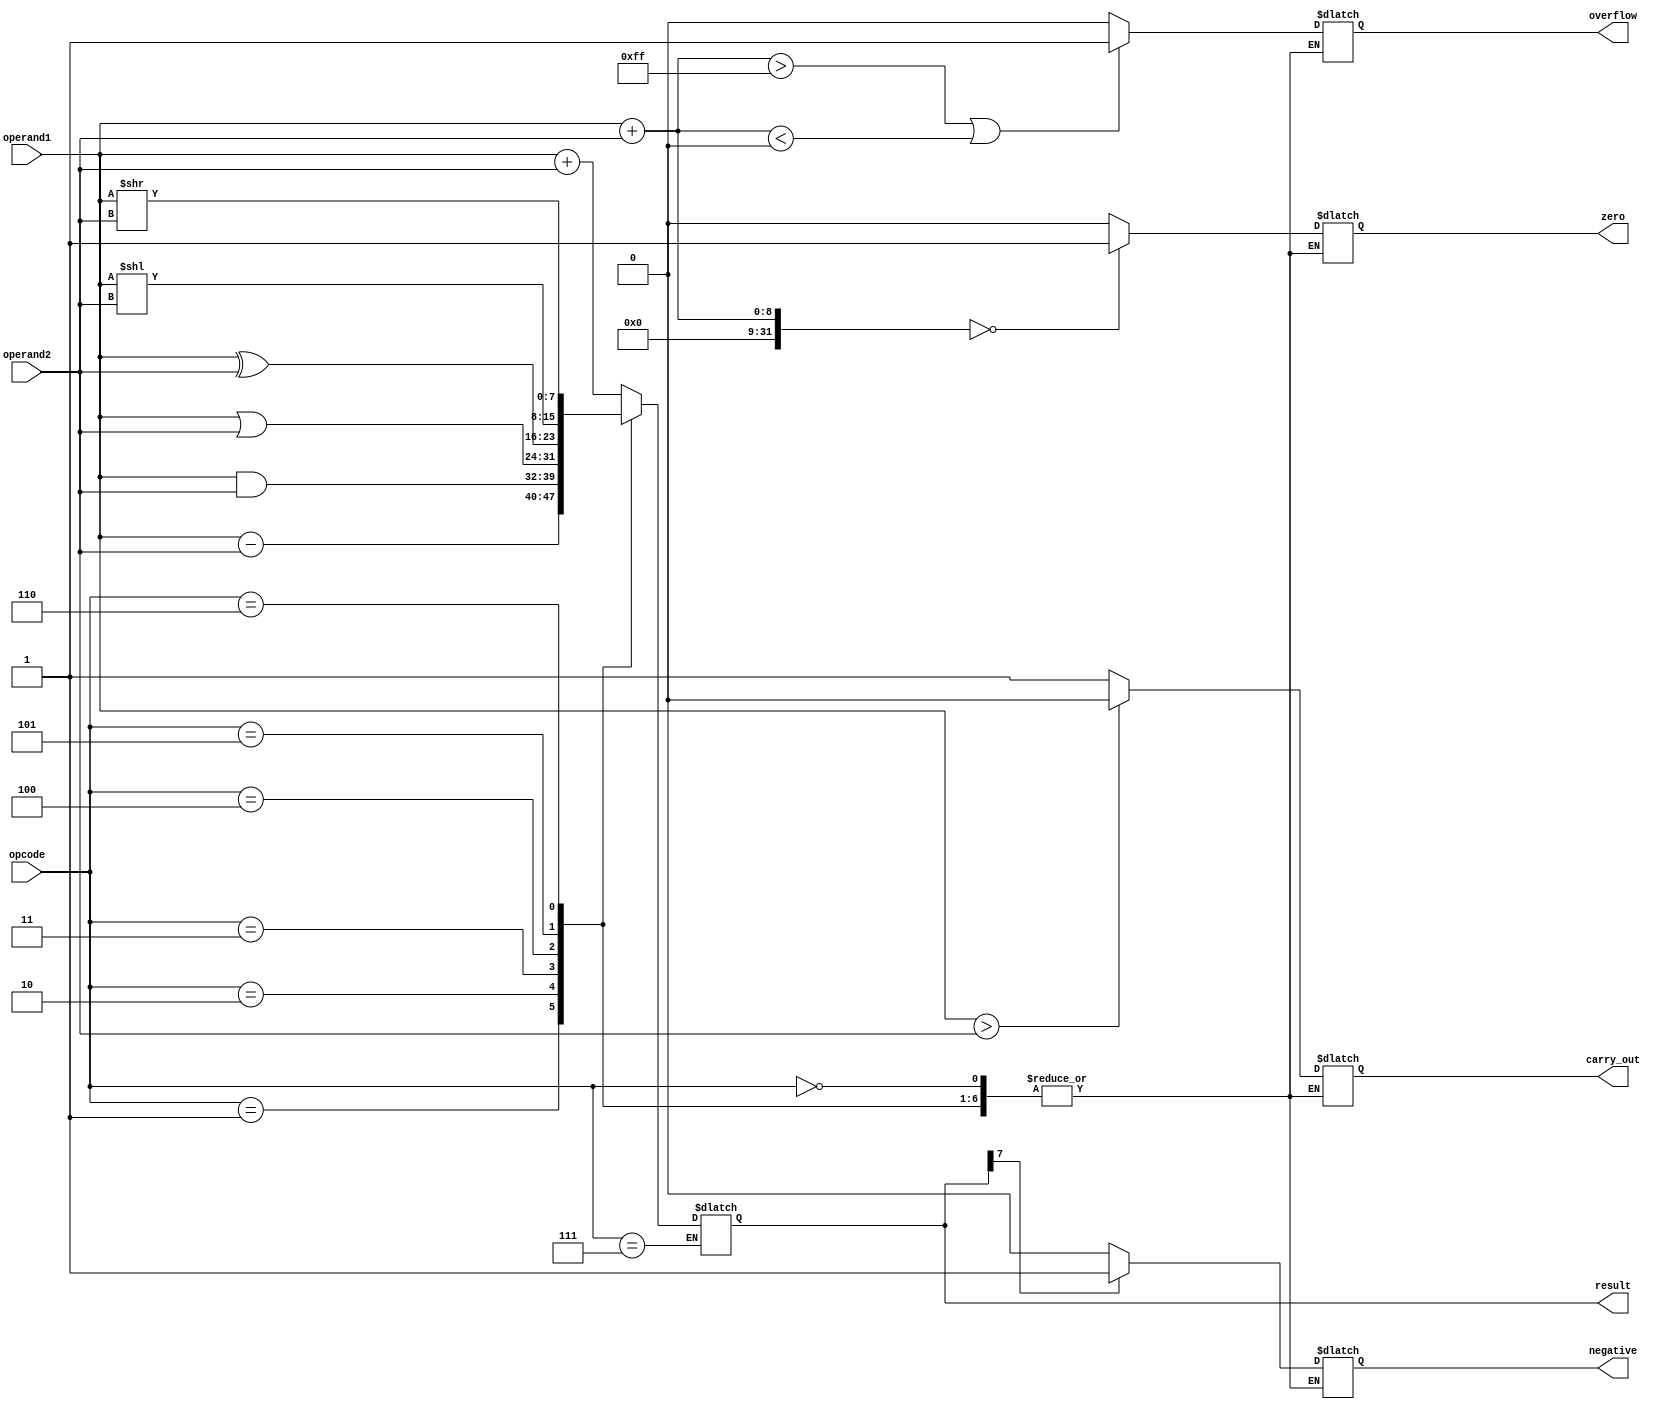
module alu(
    input [7:0] operand1,
    input [7:0] operand2,
    input [2:0] opcode,
    output reg [7:0] result,
    output reg carry_out,
    output reg overflow,
    output reg zero,
    output reg negative
);

// ALU operations
always @(*)
begin
    case(opcode)
        3'b000: result = operand1 + operand2; // Addition
        3'b001: result = operand1 - operand2; // Subtraction
        3'b010: result = operand1 & operand2; // Bitwise AND
        3'b011: result = operand1 | operand2; // Bitwise OR
        3'b100: result = operand1 ^ operand2; // Bitwise XOR
        3'b101: result = operand1 << operand2; // Left shift
        3'b110: result = operand1 >> operand2; // Right shift
        3'b111: // Comparison
        begin
            carry_out = (operand1 > operand2) ? 1'b0 : 1'b1;
            overflow = (operand1 + operand2 > 255 || operand1 + operand2 < 0) ? 1'b1 : 1'b0;
            zero = (operand1 + operand2 == 0) ? 1'b1 : 1'b0;
            negative = (result[7] == 1) ? 1'b1 : 1'b0;
        end
    endcase
end

endmodule